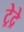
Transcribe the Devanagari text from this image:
ट्रेद्रे